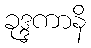
ခုဒ္ဒကာနိ